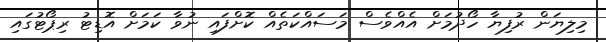
މިލިޔަން ރުފިޔާ ހޯދުމަށް އެއްވެސް މަސައްކަތެއް ކޮށްފައި ނުވާ ކަމަށް އޮޑިޓު ރިޕޯޓުގައި